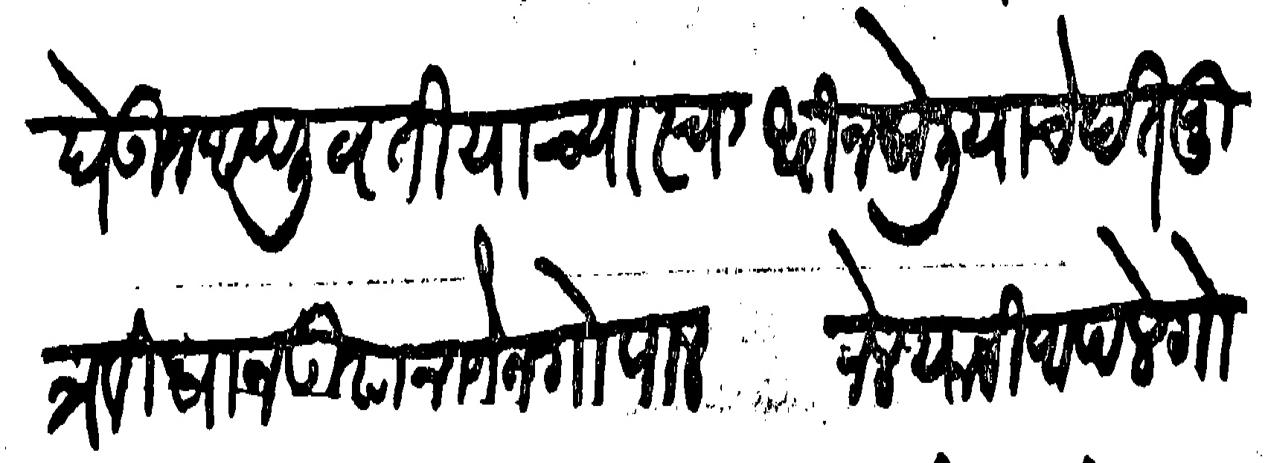
Transliteration (Devanagari): घेऊन आपली वृती याच्या स्वाधीन केली याचे दतपुत्रविधान उपनयेन गोपाल लें यानी आपले गोत्री